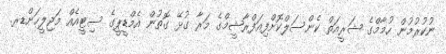
ނުކުރުމުން ހުމާމްގެ ޝަރީއަތް ކެންސަލްކޮށްފިއަފްރާޝީމްގެ މަރާ ގުޅޭ ގޮތުން އެމްޑީޕީގެ ސިޓީއެއް މަޖިލީހަށްޑރ.